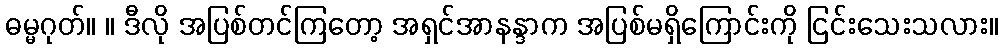
ဓမ္မဂုတ်။ ။ ဒီလို အပြစ်တင်ကြတော့ အရှင်အာနန္ဒာက အပြစ်မရှိကြောင်းကို ငြင်းသေးသလား။